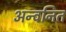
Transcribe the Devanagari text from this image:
अन्वनित